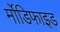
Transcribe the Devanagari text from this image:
र्मोडिफाइड